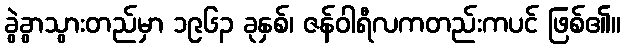
ခွဲခွာသွားတည်မှာ ၁၉၆၃ ခုနှစ်၊ ဇန်ဝါရီလကတည်းကပင် ဖြစ်၏။